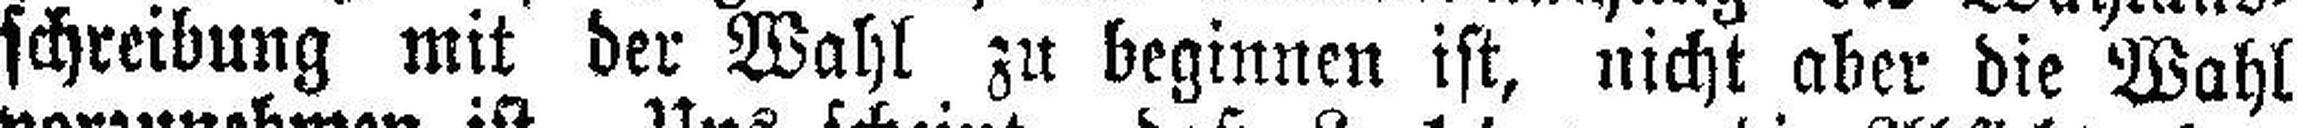
schreibung mit der Wahl zu beginnen ist, nicht aber die Wahl